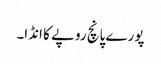
پورے پانچ روپے کا انڈا۔